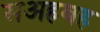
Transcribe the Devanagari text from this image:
सअहबह